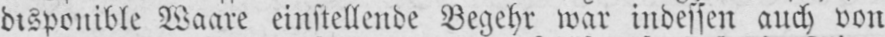
disponible Waare einstellende Begehr war indessen auch von